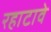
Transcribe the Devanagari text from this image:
रहाटावे